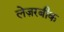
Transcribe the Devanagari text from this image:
लेज़रबीक